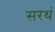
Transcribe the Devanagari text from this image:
सरथं